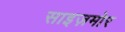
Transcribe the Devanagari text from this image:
साइज़मोर